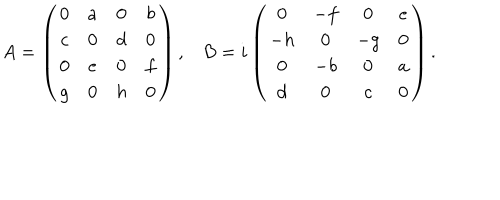
\begin{matrix} { { A = \left( \begin{matrix} { { 0 } } & { { a } } & { { 0 } } & { { b } } \\ { { c } } & { { 0 } } & { { d } } & { { 0 } } \\ { { 0 } } & { { e } } & { { 0 } } & { { f } } \\ { { g } } & { { 0 } } & { { h } } & { { 0 } } \\ \end{matrix} \right) , } } & { { B = i \left( \begin{matrix} { { 0 } } & { { - f } } & { { 0 } } & { { e } } \\ { { - h } } & { { 0 } } & { { - g } } & { { 0 } } \\ { { 0 } } & { { - b } } & { { 0 } } & { { a } } \\ { { d } } & { { 0 } } & { { c } } & { { 0 } } \\ \end{matrix} \right) } } \\ \end{matrix} .